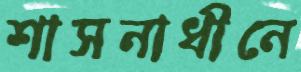
শাসনাধীনে